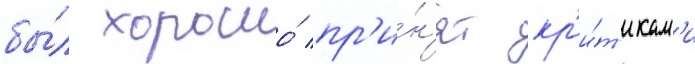
бы́л хорошо́ пр'и́н'ят кр'и́т'икам'и